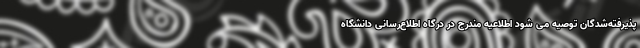
پذیرفته‌شدگان توصیه می شود اطلاعیه مندرج در درگاه اطلاع‌رسانی دانشگاه